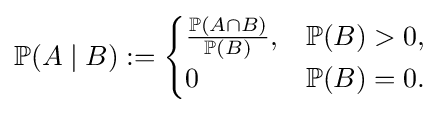
{\begin{aligned}\mathbb {P} (A\mid B):={\begin{cases}{\frac {\mathbb {P} (A\cap B)}{\mathbb {P} (B)}},&\mathbb {P} (B)>0,\\0&\mathbb {P} (B)=0.\end{cases}}\end{aligned}}